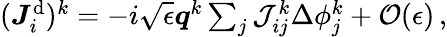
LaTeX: \begin{array}{r}{(\boldsymbol{J}_{i}^{\mathrm{d}})^{k}=-i\sqrt{\epsilon}\boldsymbol{q}^{k}\sum_{j}\mathcal{J}_{ij}^{k}\Delta{\phi}_{j}^{k}+\mathcal{O}(\epsilon)\, ,}\end{array}